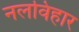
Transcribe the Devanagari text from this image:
नलविहार